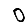
Digit: 0